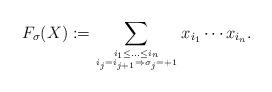
LaTeX: \begin{align*}F_\sigma(X):= \sum_{{i_1 \leq \ldots \leq i_n \atop i_j = i_{j+1} \Rightarrow \sigma_j = +1}} x_{i_1}\cdots x_{i_n}.\end{align*}